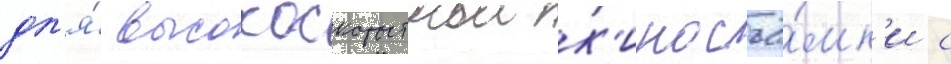
дл'я́ высокоскоростнои к'иносъё́мк'и с